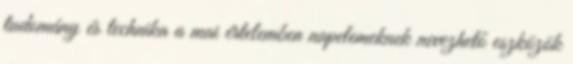
tudomány és technika a mai értelemben napelemeknek nevezhető eszközök